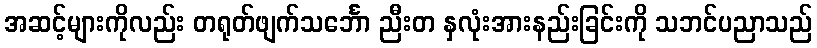
အဆင့်များကိုလည်း တရုတ်ဖျက်သင်္ဘော ညီးတ နှလုံးအားနည်းခြင်းကို သဘင်ပညာသည်